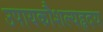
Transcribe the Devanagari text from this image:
उपायकौशल्यहृदय